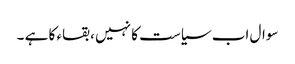
سوال اب سیاست کا نہیں ، بقاء کا ہے ۔